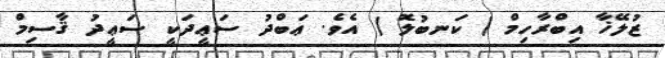
ޒުލޭޚާ އިބްރާހިމް ( ކަނބުލޮ ) އެވެ. ޢަބްދު ސަޢީދަކީ ސަޢީދު ޤާސިމް